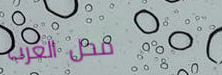
محل الغرب